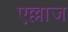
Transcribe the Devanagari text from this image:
एल्लाज